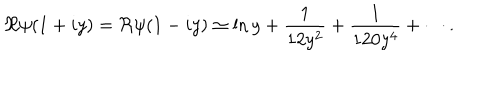
\Re \psi ( 1 + i y ) = \Re \psi ( 1 - i y ) \simeq \ln y + { \frac { 1 } { 1 2 y ^ { 2 } } } + { \frac { 1 } { 1 2 0 y ^ { 4 } } } + \cdots .